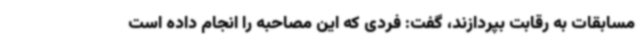
مسابقات به رقابت بپردازند، گفت: فردی که این مصاحبه را انجام داده است